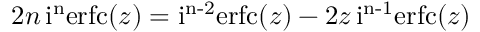
2 n \operatorname { i ^ { n } e r f c } ( z ) = \operatorname { i ^ { n - 2 } e r f c } ( z ) - 2 z \operatorname { i ^ { n - 1 } e r f c } ( z )